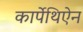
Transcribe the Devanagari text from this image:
कार्पेथिऐन